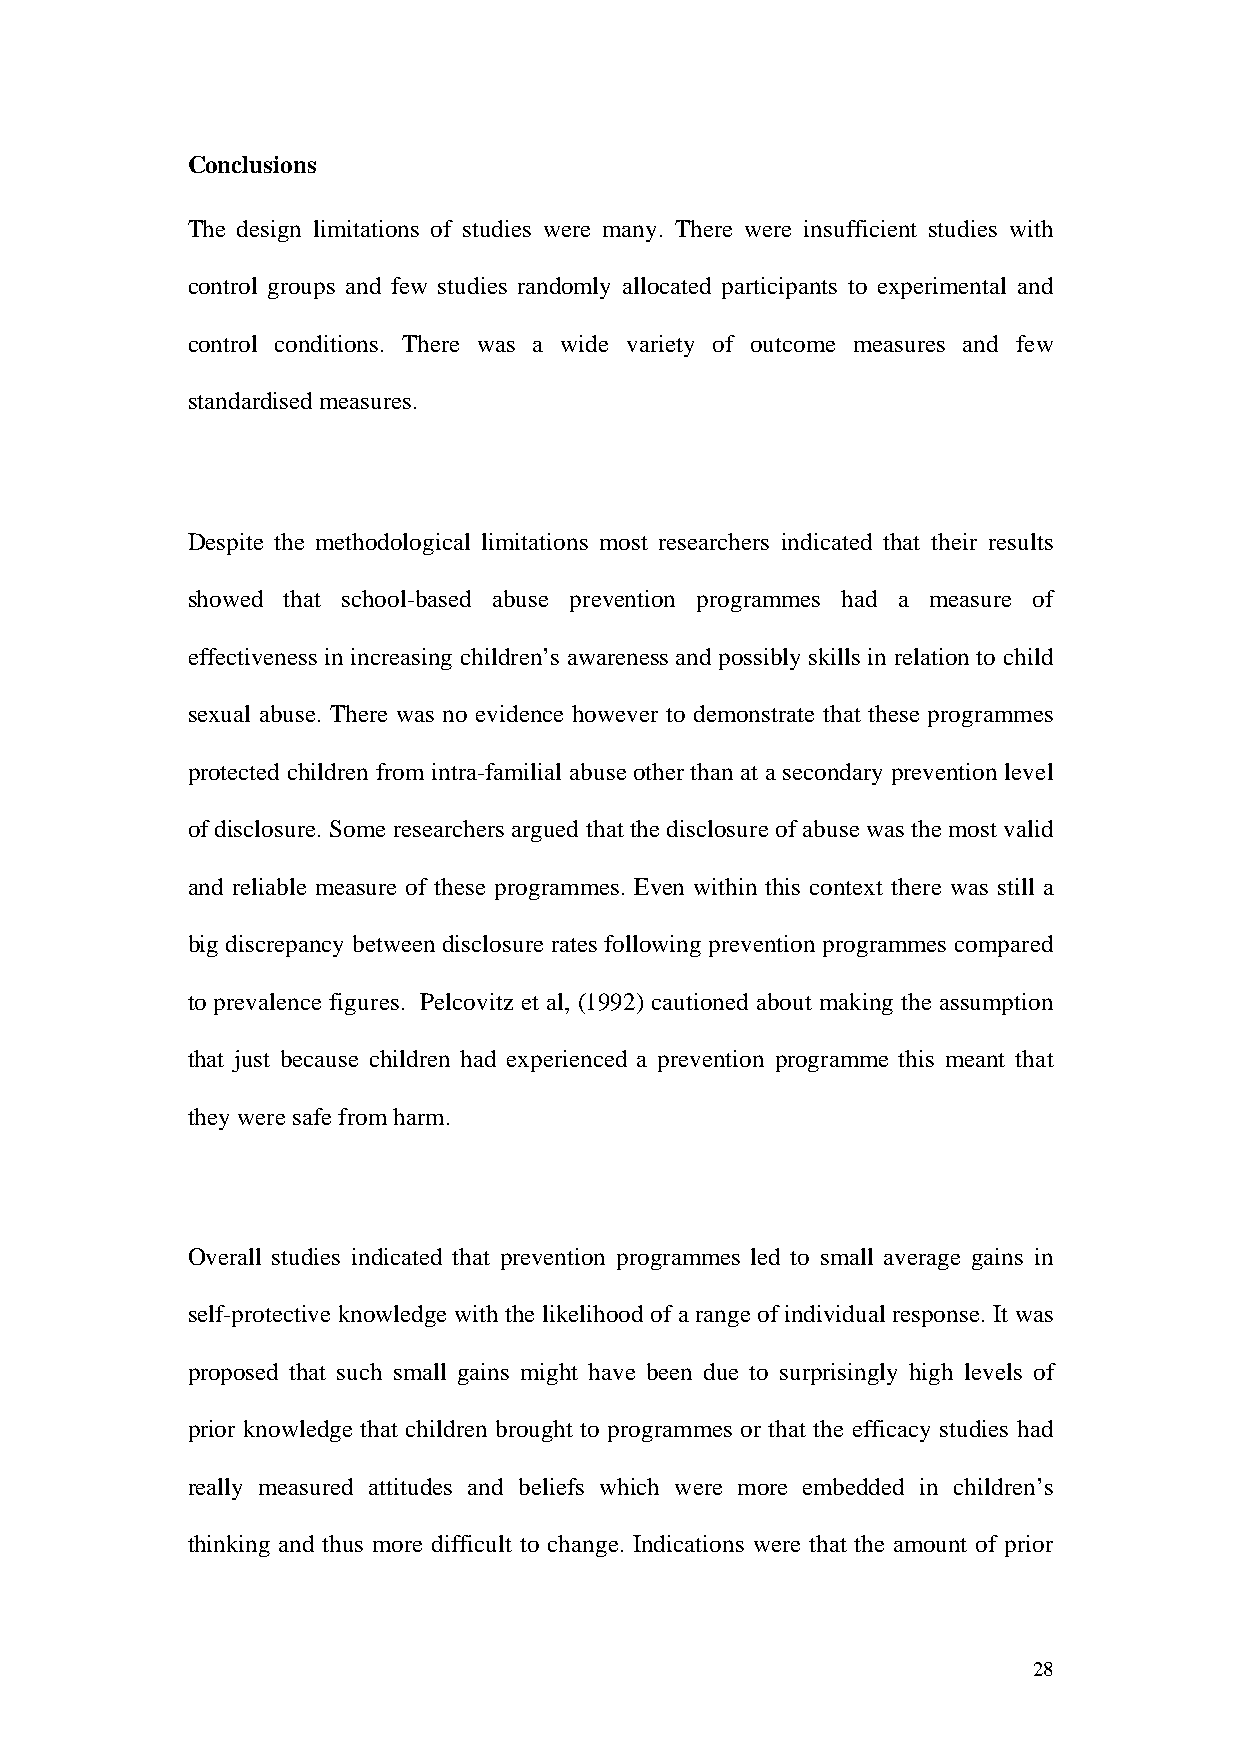
Conclusions
 The design limitations of studies were many. There were insufficient studies with
 control groups and few studies randomly allocated participants to experimental and
 control conditions. There was a wide variety of outcome measures and few
 standardised measures.
 Despite the methodological limitations most researchers indicated that their results
 showed that school-based abuse prevention programmes had a measure of
 effectiveness in increasing children’s awareness and possibly skills in relation to child
 sexual abuse. There was no evidence however to demonstrate that these programmes
 protected children from intra-familial abuse other than at a secondary prevention level
 of disclosure. Some researchers argued that the disclosure of abuse was the most valid
 and reliable measure of these programmes. Even within this context there was still a
 big discrepancy between disclosure rates following prevention programmes compared
 to prevalence figures. Pelcovitz et al, (1992) cautioned about making the assumption
 that just because children had experienced a prevention programme this meant that
 they were safe from harm.
 Overall studies indicated that prevention programmes led to small average gains in
 self-protective knowledge with the likelihood of a range of individual response. It was
 proposed that such small gains might have been due to surprisingly high levels of
 prior knowledge that children brought to programmes or that the efficacy studies had
 really measured attitudes and beliefs which were more embedded in children’s
 thinking and thus more difficult to change. Indications were that the amount of prior
 28